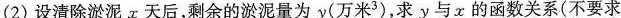
(2)设清除淤泥x天后，剩余的淤泥量为y(万米^{3})，求y与x的函数关系(不要求